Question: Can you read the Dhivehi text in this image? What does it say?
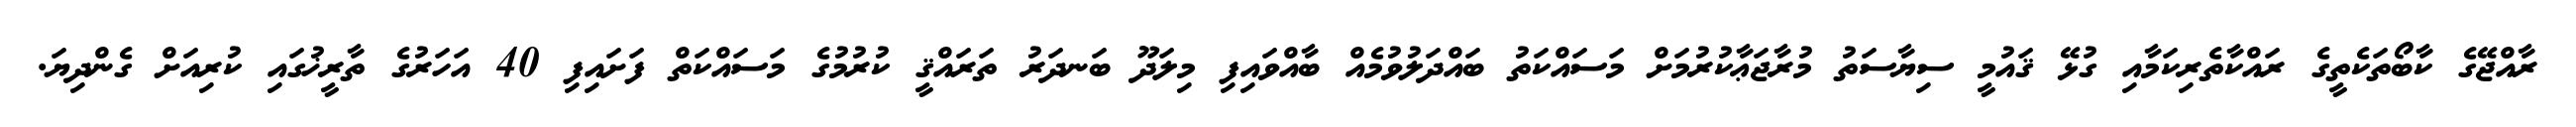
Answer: ރާއްޖޭގެ ކާބޯތަކެތީގެ ރައްކާތެރިކަމާއި ގުޅޭ ޤައުމީ ސިޔާސަތު މުރާޖަޢާކުރުމަށް މަސައްކަތު ބައްދަލުވުމެއް ބާއްވައިފި މިލަދޫ ބަނދަރު ތަރައްޤީ ކުރުމުގެ މަސައްކަތް ފަށައިފި 40 އަހަރުގެ ތާރީޚުގައި ކުރިއަށް ގެންދިޔަ.